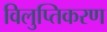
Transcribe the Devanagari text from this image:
विलुप्तिकरण